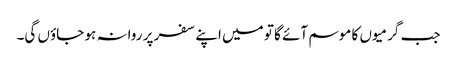
جب گرمیوں کا موسم آئے گا تو میں اپنے سفر پر روانہ ہو جاؤں گی۔